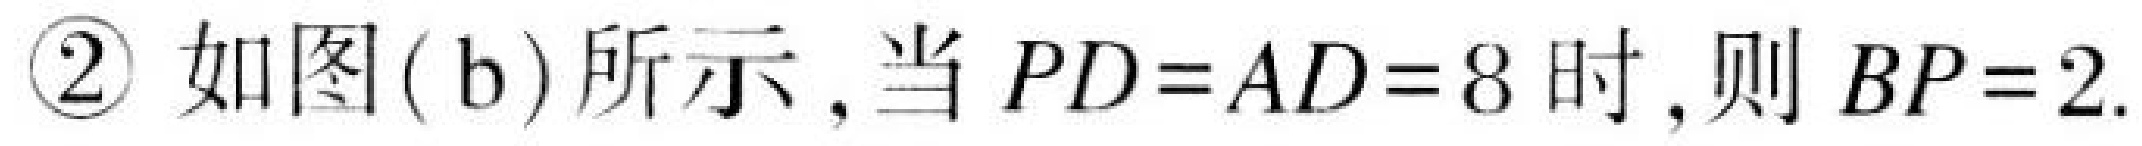
$\textcircled{2}\ 如图(\text{b})所示,当\ PD = AD = 8\ 时,则\ BP = 2.$